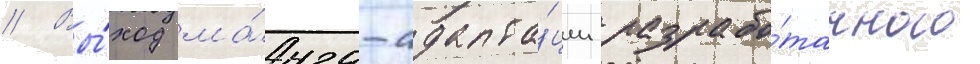
// Вы́ход ма́нга-адапта́ции разрабо́танного